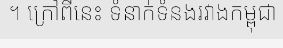
។ ក្រៅពីនេះ ទំនាក់ទំនងរវាងកម្ពុជា